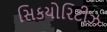
સિકયોરિટીઝ